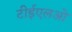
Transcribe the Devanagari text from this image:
टीईएलओ